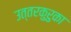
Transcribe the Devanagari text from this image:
उत्तरकुरुका